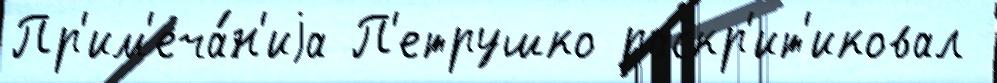
Пр'им'еча́н'иjа П'етрушко раскр'ит'иковал